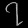
Digit: ၇